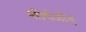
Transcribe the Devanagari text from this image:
शीर्षजोड़